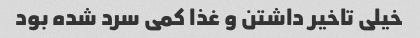
خیلی تاخیر داشتن و غذا کمی سرد شده بود